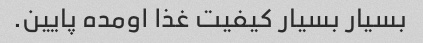
بسیار بسیار کیفیت غذا اومده پایین.